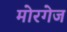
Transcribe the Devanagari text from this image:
मोरगेज